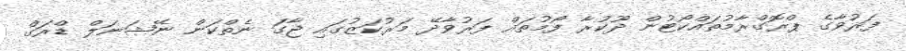
ފަރުވާގެ ޕްރޮގްރާމުތައްކޯޓުން ދޫކުރާ ފޯމުތައް ފަރުވާދޭ މަރުކަޒުގައި ޖާގަ ނެތްކަން ނޭޝަނަލް ޑްރަގް